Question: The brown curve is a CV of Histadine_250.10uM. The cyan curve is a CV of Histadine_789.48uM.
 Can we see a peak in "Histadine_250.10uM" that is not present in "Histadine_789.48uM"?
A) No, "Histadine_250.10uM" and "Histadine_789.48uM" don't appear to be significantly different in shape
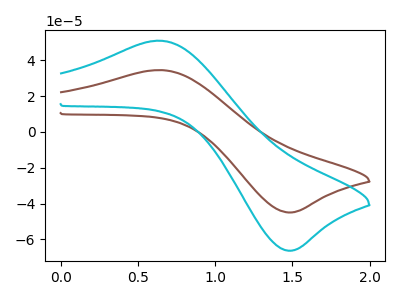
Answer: <think>The brown curve "Histadine_250.10uM" has an anodic peak at (0.65V, 34.50uA) and a cathodic peak at (1.45V, -44.95uA). The cyan curve "Histadine_789.48uM" has an anodic peak at (0.65V, 50.90uA) and a cathodic peak at (1.45V, -66.25uA).
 All the peaks in "Histadine_250.10uM" have a peak in "Histadine_789.48uM" at the same potential. Every peak in "Histadine_250.10uM" is lower than every peak in "Histadine_789.48uM".</think>
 <answer>A) No, "Histadine_250.10uM" and "Histadine_789.48uM" don't appear to be significantly different in shape</answer>
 <eval>A</eval>